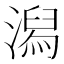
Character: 潟